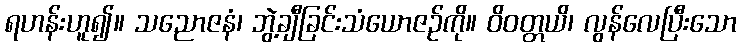
ရဟန်းဟူ၍။ သညောဇနံ၊ ဘွဲ့ချီခြင်းသံယောဇဉ်ကို။ ဝိဝတ္တယိ၊ လွန်လေပြီးသော